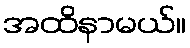
အထိနာမယ်။